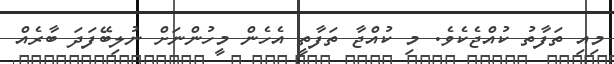
މިއި ތަފާތު ކުއްޖެކެވެ. މި ކުއްޖާ ތަފާތީ އެހެން މީހުންނަށް ނުލިބޭފަަދަ ބާރެއް